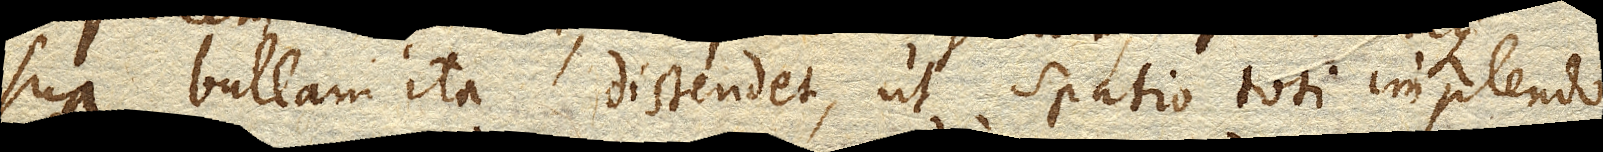
sua bullam ita distendet, ut spatio toti implendo